Indian journal of veterinary science and animal husbandry - Volume 8,
Year: 1938
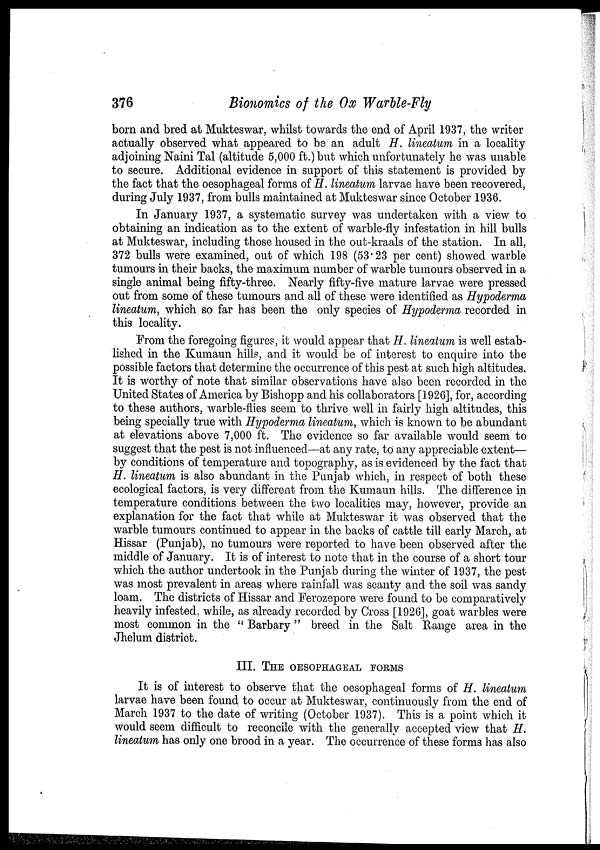
376
Bionomics of the Ox Warble-Fly
born and bred at Mukteswar, whilst towards the end of April 1937, the writer
actually observed what appeared to be an adult H. lineatum in a locality
adjoining Naini Tal (altitude 5,000 ft.) but which unfortunately he was unable
to secure. Additional evidence in support of this statement is provided by
the fact that the oesophageal forms of H. lineatum larvae have been recovered,
during July 1937, from bulls maintained at Mukteswar since October 1936.
In January 1937, a systematic survey was undertaken with a view to
obtaining an indication as to the extent of warble-fly infestation in hill bulls
at Mukteswar, including those housed in the out-kraals of the station. In all,
372 bulls were examined, out of which 198 (53.23 per cent) showed warble
tumours in their backs, the maximum number of warble tumours observed in a
single animal being fifty-three. Nearly fifty-five mature larvae were pressed
out from some of these tumours and all of these were identified as Hypoderma
lineatum, which so far has been the only species of Hypoderma recorded in
this locality.
From the foregoing figures, it would appear that H. lineatum is well estab-
lished in the Kumaun hills, and it would be of interest to enquire into the
possible factors that determine the occurrence of this pest at such high altitudes.
It is worthy of note that similar observations have also been recorded in the
United States of America by Bishopp and his collaborators [1926], for, according
to these authors, warble-flies seem to thrive well in fairly high altitudes, this
being specially true with Hypoderma lineatum, which is known to be abundant
at elevations above 7,000 ft. The evidence so far available would seem to
suggest that the pest is not influenced—at any rate, to any appreciable extent—
by conditions of temperature and topography, as is evidenced by the fact that
H. lineatum is also abundant in the Punjab which, in respect of both these
ecological factors, is very different from the Kumaun hills. The difference in
temperature conditions between the two localities may, however, provide an
explanation for the fact that while at Mukteswar it was observed that the
warble tumours continued to appear in the backs of cattle till early March, at
Hissar (Punjab), no tumours were reported to have been observed after the
middle of January. It is of interest to note that in the course of a short tour
which the author undertook in the Punjab during the winter of 1937, the pest
was most prevalent in areas where rainfall was scanty and the soil was sandy
loam. The districts of Hissar and Ferozepore were found to be comparatively
heavily infested, while, as already recorded by Cross [1926], goat warbles were
most common in the " Barbary " breed in the Salt Range area in the
Jhelum district.
III. THE OESOPHAGEAL FORMS
It is of interest to observe that the oesophageal forms of H. lineatum
larvae have been found to occur at Mukteswar, continuously from the end of
March 1937 to the date of writing (October 1937). This is a point which it
would seem difficult to reconcile with the generally accepted view that H.
lineatum has only one brood in a year. The occurrence of these forms has also